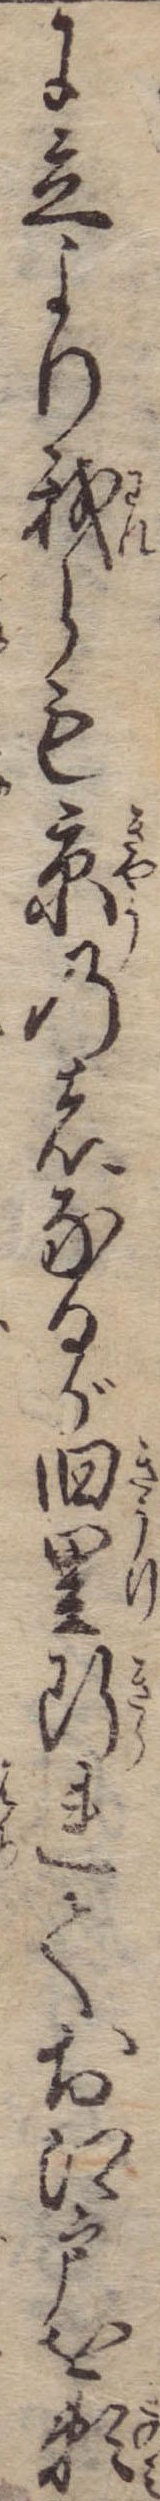
に立より我らも京の者なるが旧里断れてお江戸を頼